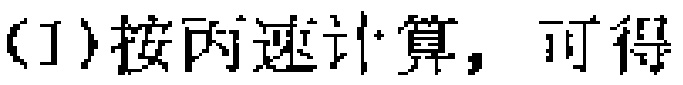
(1)按丙速计算，可得